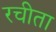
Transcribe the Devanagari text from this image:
रचीता